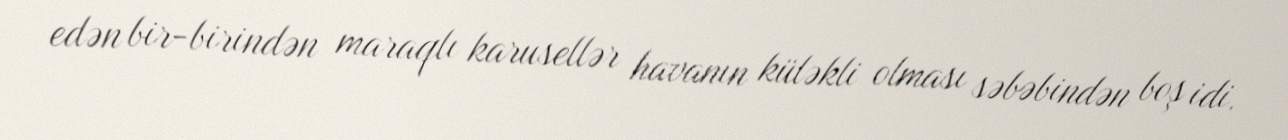
edən bir-birindən maraqlı karusellər havanın küləkli olması səbəbindən boş idi.